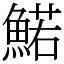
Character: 鰙